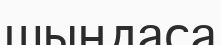
шыңдаса